King Institute of Preventive Medicine Bacteriolog. Section reports 1907-08
Year: 1907
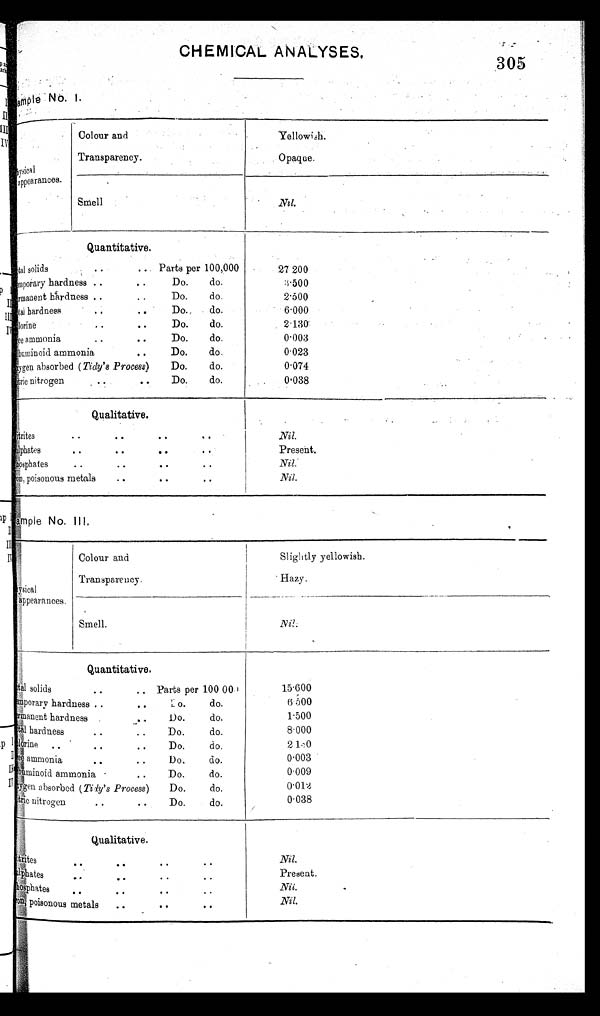
CHEMICAL ANALYSES,
305
Tample N o. I.
1
bysica
a ppearances.
Colour and
Transparency.
Yellowish.
Opaque.
Smell
Nil.
Quantitative.
. .
tal solids
. . . . .
Parts per 100,000
27 200
emporary hardness ..
.
Do.
do.
3 . 5 0 0
rmanent hardness ..
..
Do.
do.
2 . 5 0 0
lal hardness
. . .
..
Do.
do.
6.000
bonne
.
Do.
do.
2.130.
0
.
ee ammonia
..
..
Do.
do.
0.003
buminoid ammonia
. .
Do.
do.
0 . 0 2 3
xygen absorbed ( Tidy's Process)
Do.
do.
0.074
itrie nitrogen .. .
Do.
do.
0 . 038
.
Qualitative.
.
itrites
. .
. .
, .
Nil.
lphates
. .
Present.
hosphates
..
..
. .
. .
Nil.
on, poisonous metals
..
..
Nil.
ample No.
ysical
appearances.
Cour and
Col
Transparency.
Slightly yellowish.
Hazy.
Smell.
Nil.
Quantitative.III
tal solids
..
. ,
tal
Parts per 100 00
15.600
imporary hardness . .
..
L o.
do.
6 . 5 0 0
600
ermanent hardness .
. .
Do.
do.
1. 500
t a l
hardness
. . ..
Do.
do.
8. 000
lorine
. . . . .
.ee ammonia
Do.
do.
Do.
do.
2 13 0
0.003
lbuminoid ammonia . .
Do.
do.
0 . 0 0 9
xygen absorbed (Tidy's Process )
Do.
do.
0.01
[trio nitrogen
. . . .
Do.
do.
.
0 038
Qualitative.
itrites
. .
. .
Nil.
hlphates
Present.
hosphates
.
.
.
.
. . . .
. . . .
p oisonous metals
. .
. . . .
Nil.